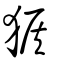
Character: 猴